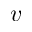
v